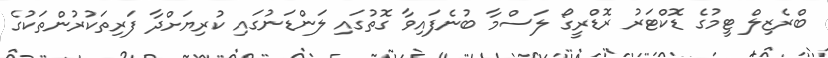
ބްރެޒިލް ޓީމުގެ ޑޮކްޓަރު ރޮޑްރީގޯ ލަސްމާ ބުނެފައިވާ ގޮތުގައި ލަންޑަނުގައި ކުރިޔަށްދާ ފަރިތަކުރުންތަކުގެ